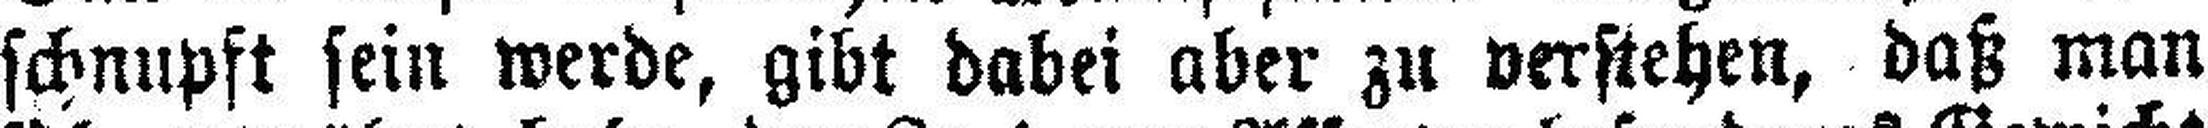
schnupft sein werde, gibt dabei aber zu verstehen, daß man